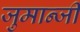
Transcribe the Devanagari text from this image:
जुमान्जी